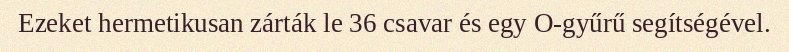
Ezeket hermetikusan zárták le 36 csavar és egy O-gyűrű segítségével.